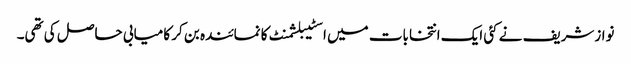
نوازشریف نے کئی ایک انتخابات میں اسٹیبلشمنٹ کا نمائندہ بن کر کامیابی حاصل کی تھی۔